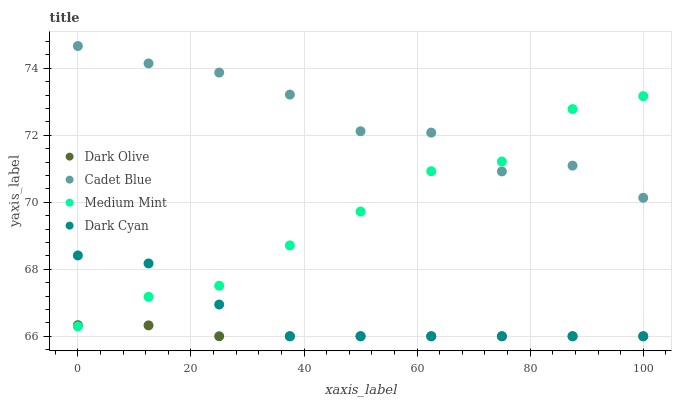
| xaxis_label | Dark Olive | Cadet Blue | Medium Mint | Dark Cyan |
 | --- | --- | --- | --- | --- |
 | 0 | 66.3 | 74.7 | 66.3 | 68.4 |
 | 12.5 | 66.3 | 74.1 | 67.2 | 68.2 |
 | 25 | 66 | 73.9 | 67.5 | 66.9 |
 | 37.5 | 66 | 73.2 | 68.7 | 66 |
 | 50 | 66 | 72.1 | 69.7 | 66 |
 | 62.5 | 66 | 72.1 | 70.9 | 66 |
 | 75 | 66 | 70.9 | 71.2 | 66 |
 | 87.5 | 66 | 71.1 | 72.8 | 66 |
 | 100 | 66 | 70.1 | 73.2 | 66 |